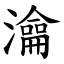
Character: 㵸